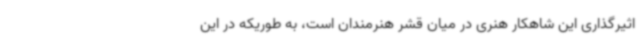
اثیرگذاری این شاهکار هنری در میان قشر هنرمندان است، به طوریکه در این